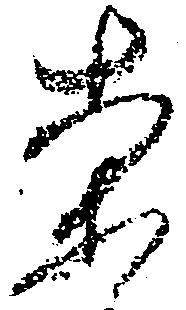
案